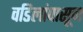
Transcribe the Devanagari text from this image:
वडिलांपासून